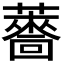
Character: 𮒙